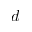
d